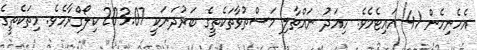
އެހެނިހެން 41 އައިޓެމެވެ. މިއަދު ނައްތާލި މަސްތުވާތަކެތީގެ ބަރުދަނަކީ 203.07 ކިލޯގްރާމެވެ. މިތަކެތީގެ